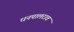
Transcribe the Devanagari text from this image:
धनपालराव